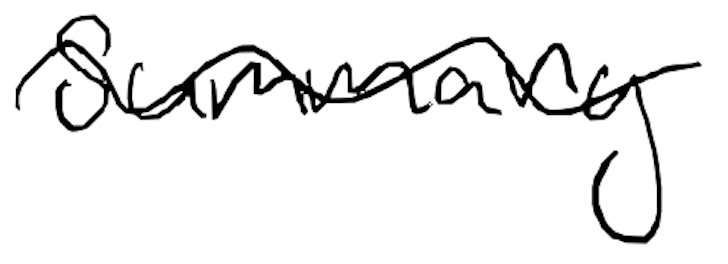
Text: summary
Cross-out: wave
Writing tool: digital_black